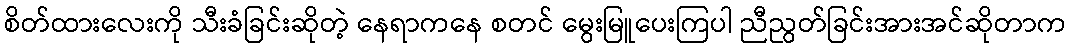
စိတ်ထားလေးကို သီးခံခြင်းဆိုတဲ့ နေရာကနေ စတင် မွေးမြူပေးကြပါ ညီညွတ်ခြင်းအားအင်ဆိုတာက